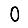
Digit: 0